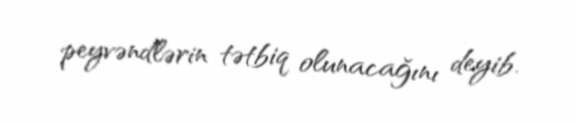
peyvəndlərin tətbiq olunacağını deyib.